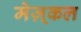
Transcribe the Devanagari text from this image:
मेज़्कल